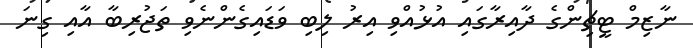
ނާޒިމް ޓީޗިންގެ ދާއިރާގައި އުޅުއްވި އިރު ލިބި ވަޑައިގެންނެވި ތަޖުރިބާ އާއި ގިނަ